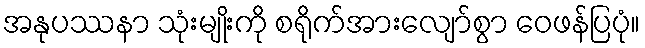
အနုပဿနာ သုံးမျိုးကို စရိုက်အားလျော်စွာ ဝေဖန်ပြပုံ။